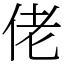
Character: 佬